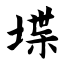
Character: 堞